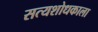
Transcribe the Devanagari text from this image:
सत्यशोधकाला